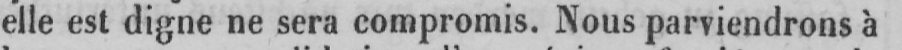
elle est digne ne sera compromis. Nous parviendrons à